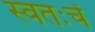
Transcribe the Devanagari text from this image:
स्वतःचें